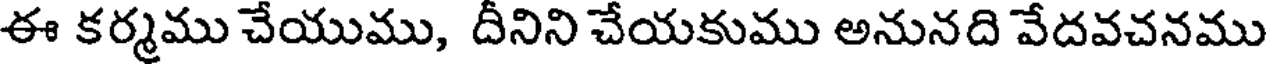
ఈ కర్మము చేయుము, దీనిని చేయకుము అనునది వేదవచనము